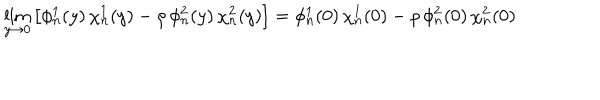
\lim _ { y \to 0 } \left[ \phi _ { n } ^ { 1 } ( y ) \, \chi _ { n } ^ { 1 } ( y ) - \rho \, \phi _ { n } ^ { 2 } ( y ) \, \chi _ { n } ^ { 2 } ( y ) \right] = \phi _ { n } ^ { 1 } ( 0 ) \, \chi _ { n } ^ { 1 } ( 0 ) - \rho \, \phi _ { n } ^ { 2 } ( 0 ) \, \chi _ { n } ^ { 2 } ( 0 )